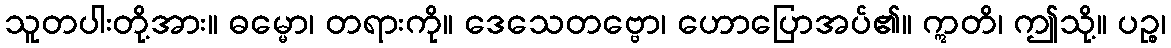
သူတပါးတို့အား။ ဓမ္မော၊ တရားကို။ ဒေသေတဗ္ဗော၊ ဟောပြောအပ်၏။ ဣတိ၊ ဤသို့။ ပဉ္စ၊